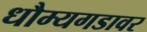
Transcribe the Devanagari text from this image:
धौम्यगडावर